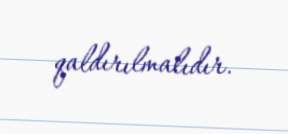
qaldırılmalıdır.